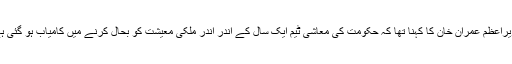
وزیراعظم عمران خان کا کہنا تھا کہ حکومت کی معاشی ٹیم ایک سال کے اندر اندر ملکی معیشت کو بحال کرنے میں کامیاب ہو گئی ہے۔